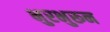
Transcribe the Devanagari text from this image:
भुरभुरून